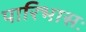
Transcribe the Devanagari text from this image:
पारिभासः